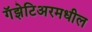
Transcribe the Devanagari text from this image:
गॅझेटिअरमधील